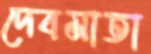
দেবমাতা